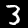
Digit: 3